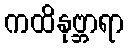
ကထိနုဗ္ဘာရာ